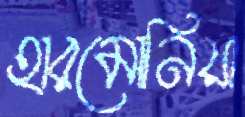
হারমোনিয়া